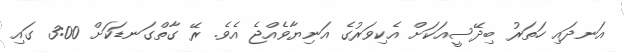
އަނދައި ހަތަރު ބިދޭސީއަކަށް އެކިވަރުގެ އަނިޔާވެެއްޖެ އެވެ. ރޭ ގާތްގަނޑަކަށް 3:00 ގައި